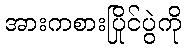
အားကစားပြိုင်ပွဲကို